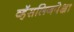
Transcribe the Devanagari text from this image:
व्हॅसलिनपेक्षा